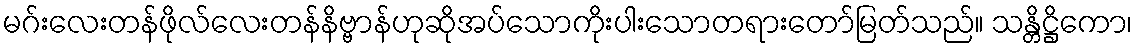
မဂ်းလေးတန်ဖိုလ်လေးတန်နိဗ္ဗာန်ဟုဆိုအပ်သောကိုးပါးသောတရားတော်မြတ်သည်။ သန္တိဋ္ဌိကော၊